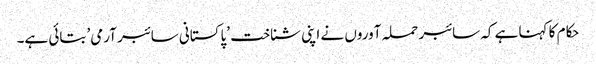
حکام کا کہنا ہے کہ سائبر حملہ آوروں نے اپنی شناخت ’پاکستانی سائبر آرمی’ بتائی ہے۔